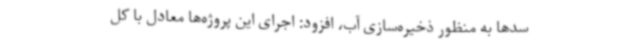
سدها به منظور ذخیره‌سازی آب، افزود: اجرای این پروژه‌ها معادل با کل